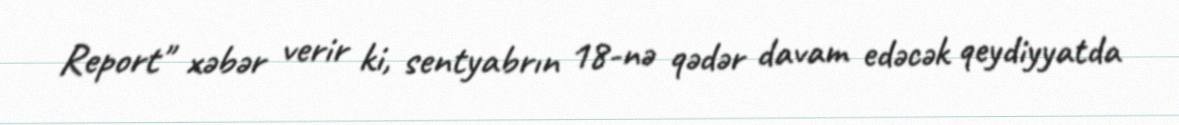
Report" xəbər verir ki, sentyabrın 18-nə qədər davam edəcək qeydiyyatda